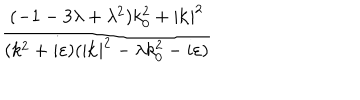
\frac { ( - 1 - 3 \lambda + \lambda ^ { 2 } ) k _ { 0 } ^ { 2 } + | \mathbf { k } | ^ { 2 } } { ( k ^ { 2 } + i \varepsilon ) ( | \mathbf { k } | ^ { 2 } - \lambda k _ { 0 } ^ { 2 } - i \varepsilon ) }